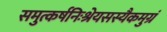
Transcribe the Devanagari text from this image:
समुत्कर्षनिःश्रेयसस्यैकमुग्रं